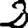
Digit: 2